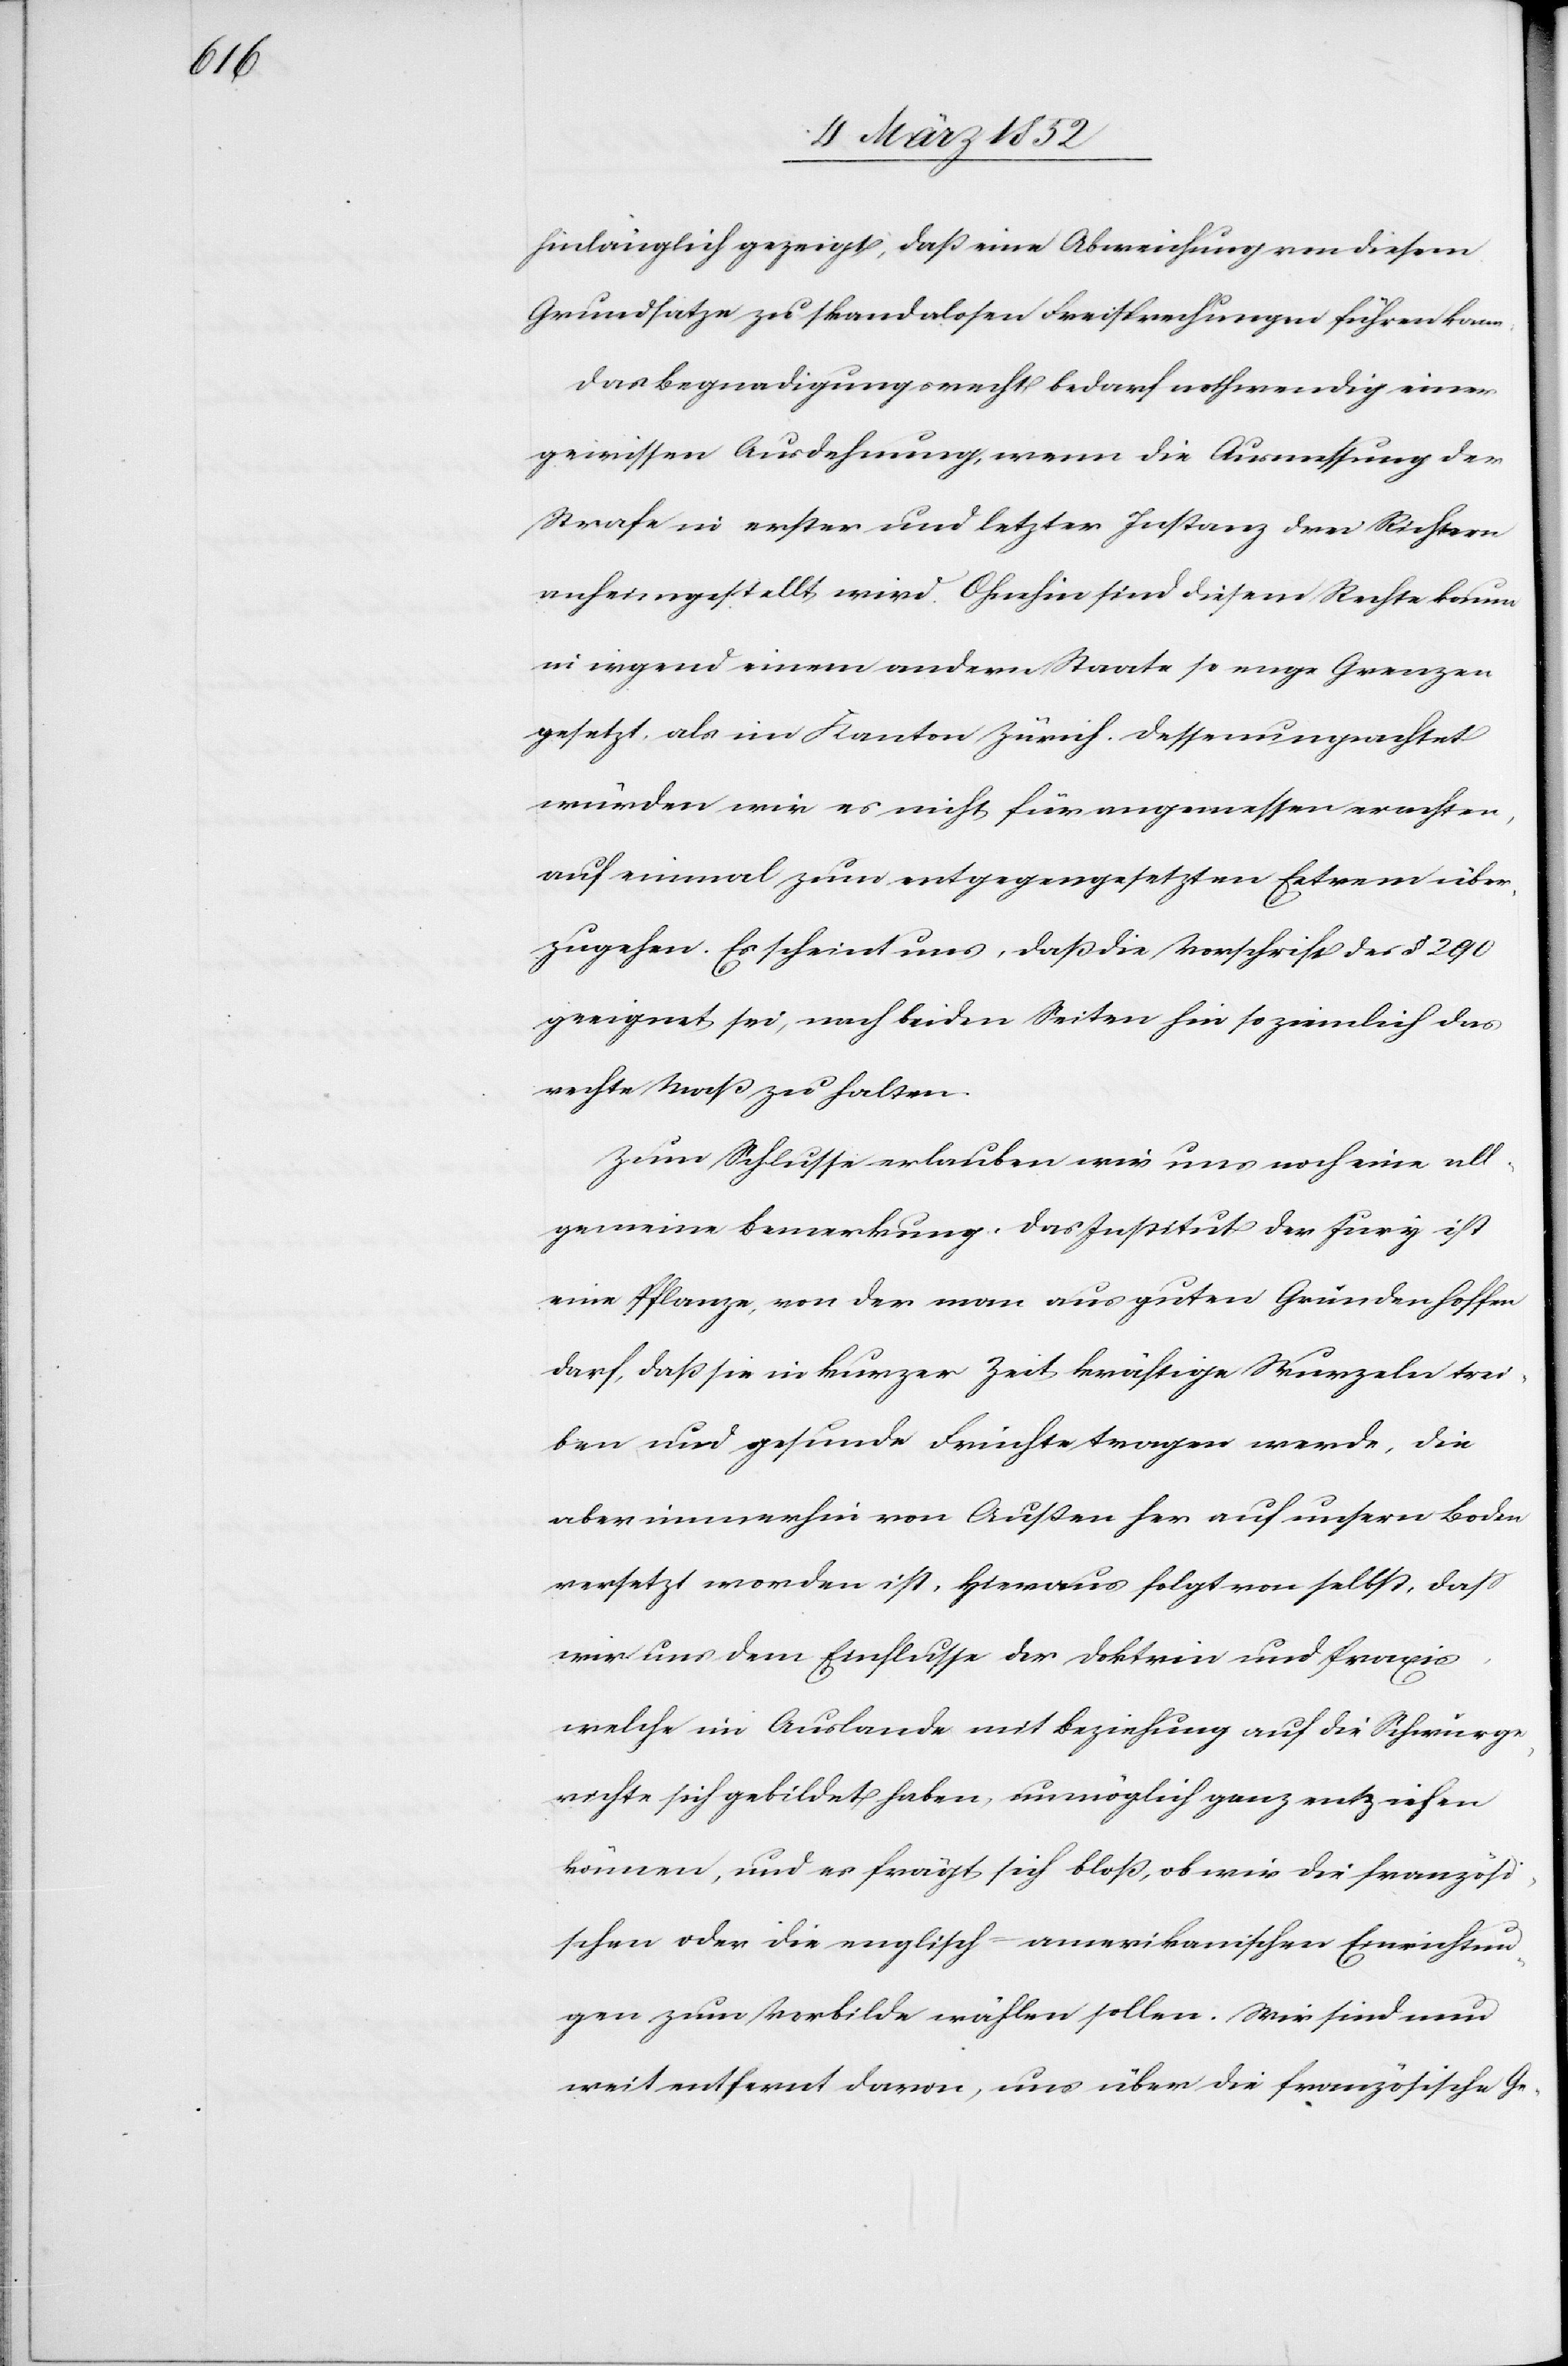
hinlänglich gezeigt, daß eine Abweichung von diesem
Grundsatze zu skandalösen Freisprechungen führen kann.
Das Begnadigungsrecht bedarf nothwendig einer
gewissen Ausdehnung, wenn die Ausmessung der
Strafe in erster und letzter Instanz drei Richtern
anheimgestellt wird. Ohnehin sind diesem Rechte kaum
in irgend einem andern Staate so enge Grenzen
gesetzt, als im Kanton Zürich. Dessen ungeachtet
würden wir es nicht für angemessen erachten,
auf einmal zum entgegengesetzten Extrem über¬
zugehen. Es scheint uns, daß die Vorschrift des § 290
geeignet sei, nach beiden Seiten hin so ziemlich das
rechte Maaß zu halten.
Zum Schlusse erlauben wir uns noch eine all¬
gemeine Bemerkung. Das Institut der Jury ist
eine Pflanze, von der man aus guten Gründen hoffen
darf, daß sie in kurzer Zeit kräftige Wurzeln trei¬
ben und gesunde Früchte tragen werde, die
aber immerhin von Außen her auf unsern Boden
versetzt worden ist, hieraus folgt von selbst, daß
wir uns dem Einflusse der Doktrin und Praxis,
welche im Auslande mit Beziehung auf die Schwurge¬
richte sich gebildet haben, unmöglich ganz entziehen
können, und es frägt sich bloß, ob wir die französi¬
schen oder die englisch-amerikanischen Einrichtun¬
gen zum Vorbilde wählen sollen. Wir sind nun
weit entfernt davon, uns über die französische Ge-